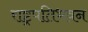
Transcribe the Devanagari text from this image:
राष्ट्रपतिभवन